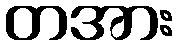
တအား